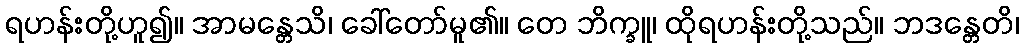
ရဟန်းတို့ဟူ၍။ အာမန္တေသိ၊ ခေါ်တော်မူ၏။ တေ ဘိက္ခူ၊ ထိုရဟန်းတို့သည်။ ဘဒန္တေတိ၊